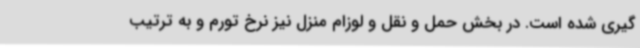
گیری شده است. در بخش حمل و نقل و لوزام منزل نیز نرخ تورم و به ترتیب